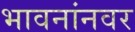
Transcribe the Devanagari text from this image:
भावनांनवर